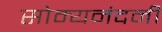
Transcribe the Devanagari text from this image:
सोम्यनंदनी